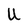
Character: U